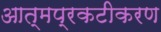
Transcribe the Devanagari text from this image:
आत्मप्रकटीकरण